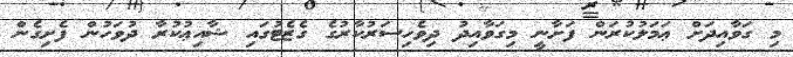
މި ގަވާއިދަށް ޢަމަލުކުރަން ފަށާނީ މިގަވާއިދު ދިވެހިސަރުކާރުގެ ގެޒެޓުގައި ޝާއިޢުކުރާ ދުވަހުން ފެށިގެން